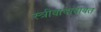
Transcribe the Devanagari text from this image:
स्त्रीवादाबाबत